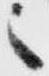
之